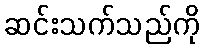
ဆင်းသက်သည်ကို